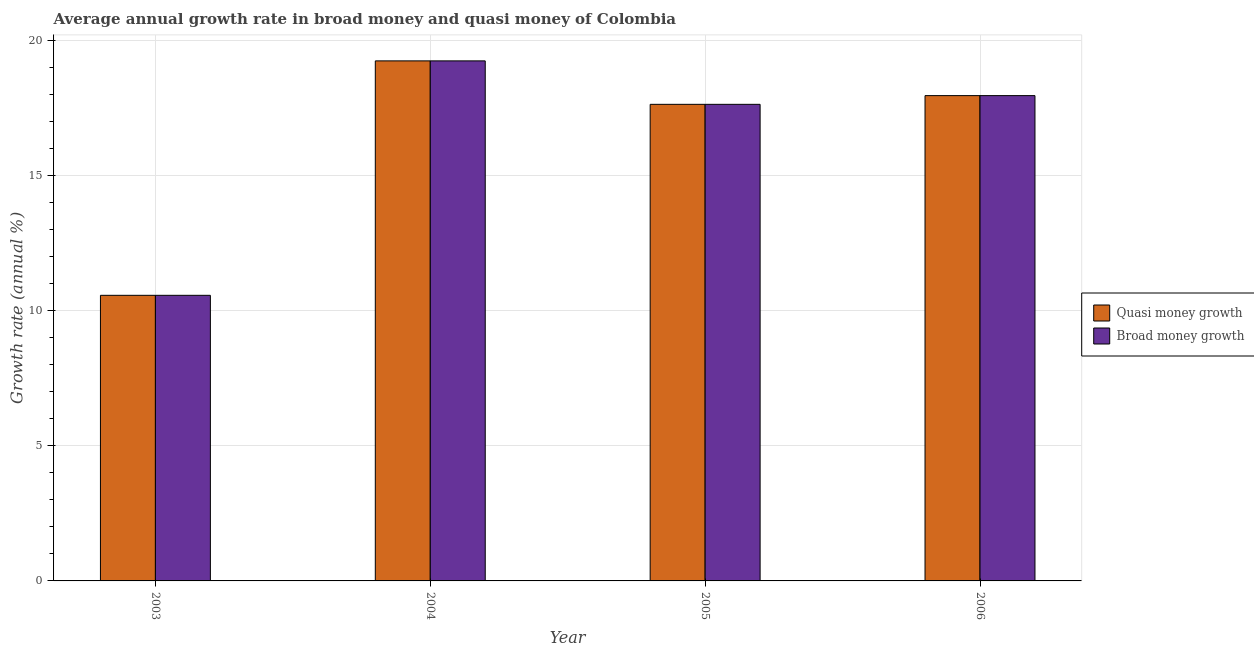
| Year | Quasi money growth | Broad money growth |
 | --- | --- | --- |
 | 2003 | 10.6 | 10.6 |
 | 2004 | 19.2 | 19.2 |
 | 2005 | 17.6 | 17.6 |
 | 2006 | 18 | 18 |